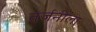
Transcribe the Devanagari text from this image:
तर्जनीला